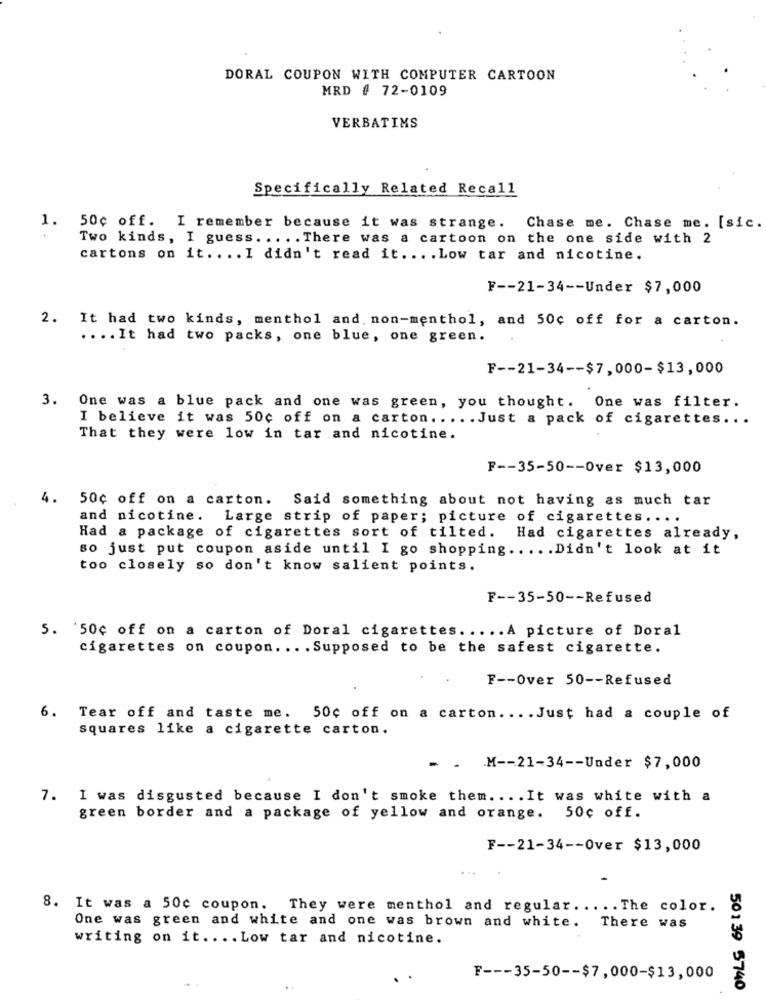
DORAL COUPON WITH COMPUTER CARTOON
MRD # 72-0109
VERBATIMS
Specifically Related Recall
1. 50c off. I remember because it was strange. Chase me. Chase me. [sic.
Two kinds, I guess. .... There was a cartoon on the one side with 2
cartons on it .. .. I didn't read it .... Low tar and nicotine.
F -- 21-34 -- Under $7,000
2. It had two kinds, menthol and non-menthol, and 50c off for a carton.
.... It had two packs, one blue, one green.
F -- 21-34 -- $7,000-$13,000
3. One was a blue pack and one was green, you thought. One was filter.
I believe it was 50c off on a carton. .... Just a pack of cigarettes ...
That they were low in tar and nicotine.
F -- 35-50 -- Over $13,000
4. 50¢ off on a carton. Said something about not having as much tar
and nicotine. Large strip of paper; picture of cigarettes ....
Had a package of cigarettes sort of tilted. Had cigarettes already,
so just put coupon aside until I go shopping ..... Didn't look at it
too closely so don't know salient points.
F -- 35-50 -- Refused
5. 50¢ off on a carton of Doral cigarettes ..... A picture of Doral
cigarettes on coupon. .. . Supposed to be the safest cigarette.
F -- Over 50 -- Refused
6. Tear off and taste me. 50c off on a carton .... Just had a couple of
squares like a cigarette carton.
. . M -- 21-34 -- Under $7,000
7. I was disgusted because I don't smoke them. ... It was white with a
green border and a package of yellow and orange. 50¢ off.
F -- 21-34 -- Over $13,000
8. It was a 50c coupon. They were menthol and regular ..... The color.
One was green and white and one was brown and white. There was
writing on it .... Low tar and nicotine.
F --- 35-50 -- $7,000-$13,000
50139 5740